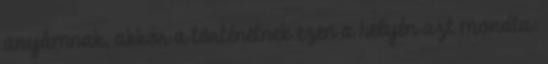
anyámnak, akkor a történetnek ezen a helyén azt mondta: